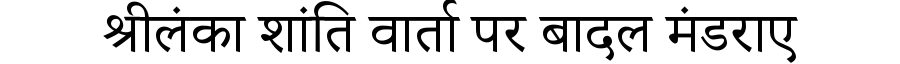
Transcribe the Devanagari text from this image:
श्रीलंका शांति वार्ता पर बादल मंडराए